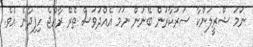
ނަމަ ޝްރީލަންކާ ސަރުކާރުން ބޭނުން ނަމަ އެއްދުވަސް ތެރޭ ރާއްޖެ ހިފިދާނެ އެވެ.